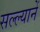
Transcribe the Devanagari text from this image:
सल्ल्यानें